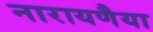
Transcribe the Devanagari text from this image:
नारायणैया